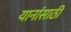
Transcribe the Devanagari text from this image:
यानांसाठी